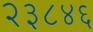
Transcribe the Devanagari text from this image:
२३८४६